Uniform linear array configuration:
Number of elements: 4
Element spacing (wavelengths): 0.5
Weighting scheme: blackman
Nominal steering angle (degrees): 60
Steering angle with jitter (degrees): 61.57
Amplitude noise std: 0.05
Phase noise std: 0.05

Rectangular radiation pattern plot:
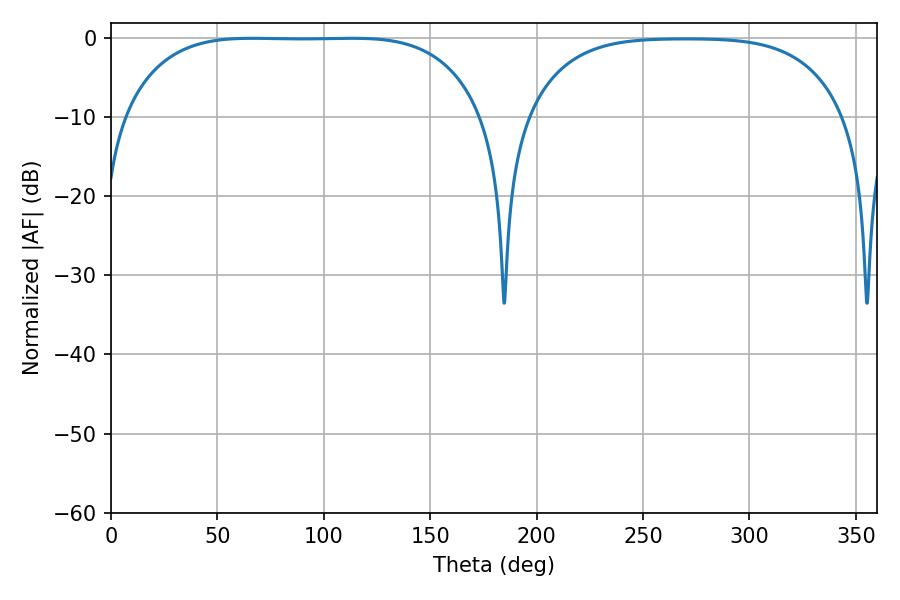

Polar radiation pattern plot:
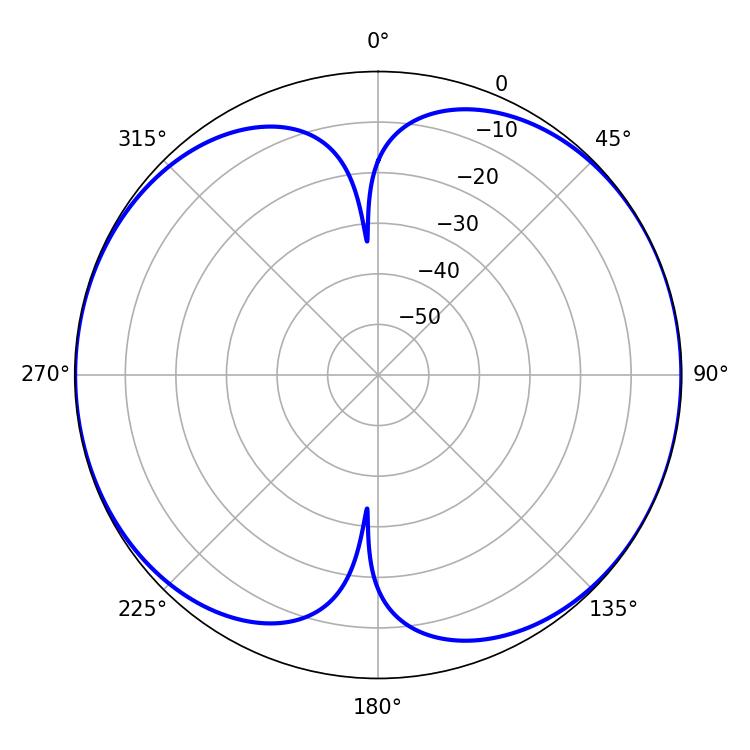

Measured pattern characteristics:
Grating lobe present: FALSE
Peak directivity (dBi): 9.382
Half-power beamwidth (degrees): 130.68
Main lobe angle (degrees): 66.42